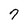
Character: 7